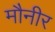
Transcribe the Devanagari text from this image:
मौनीर